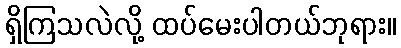
ရှိကြသလဲလို့ ထပ်မေးပါတယ်ဘုရား။